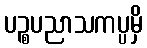
ပဉ္စပညာသကပ္ပမှိ